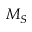
M _ { S }